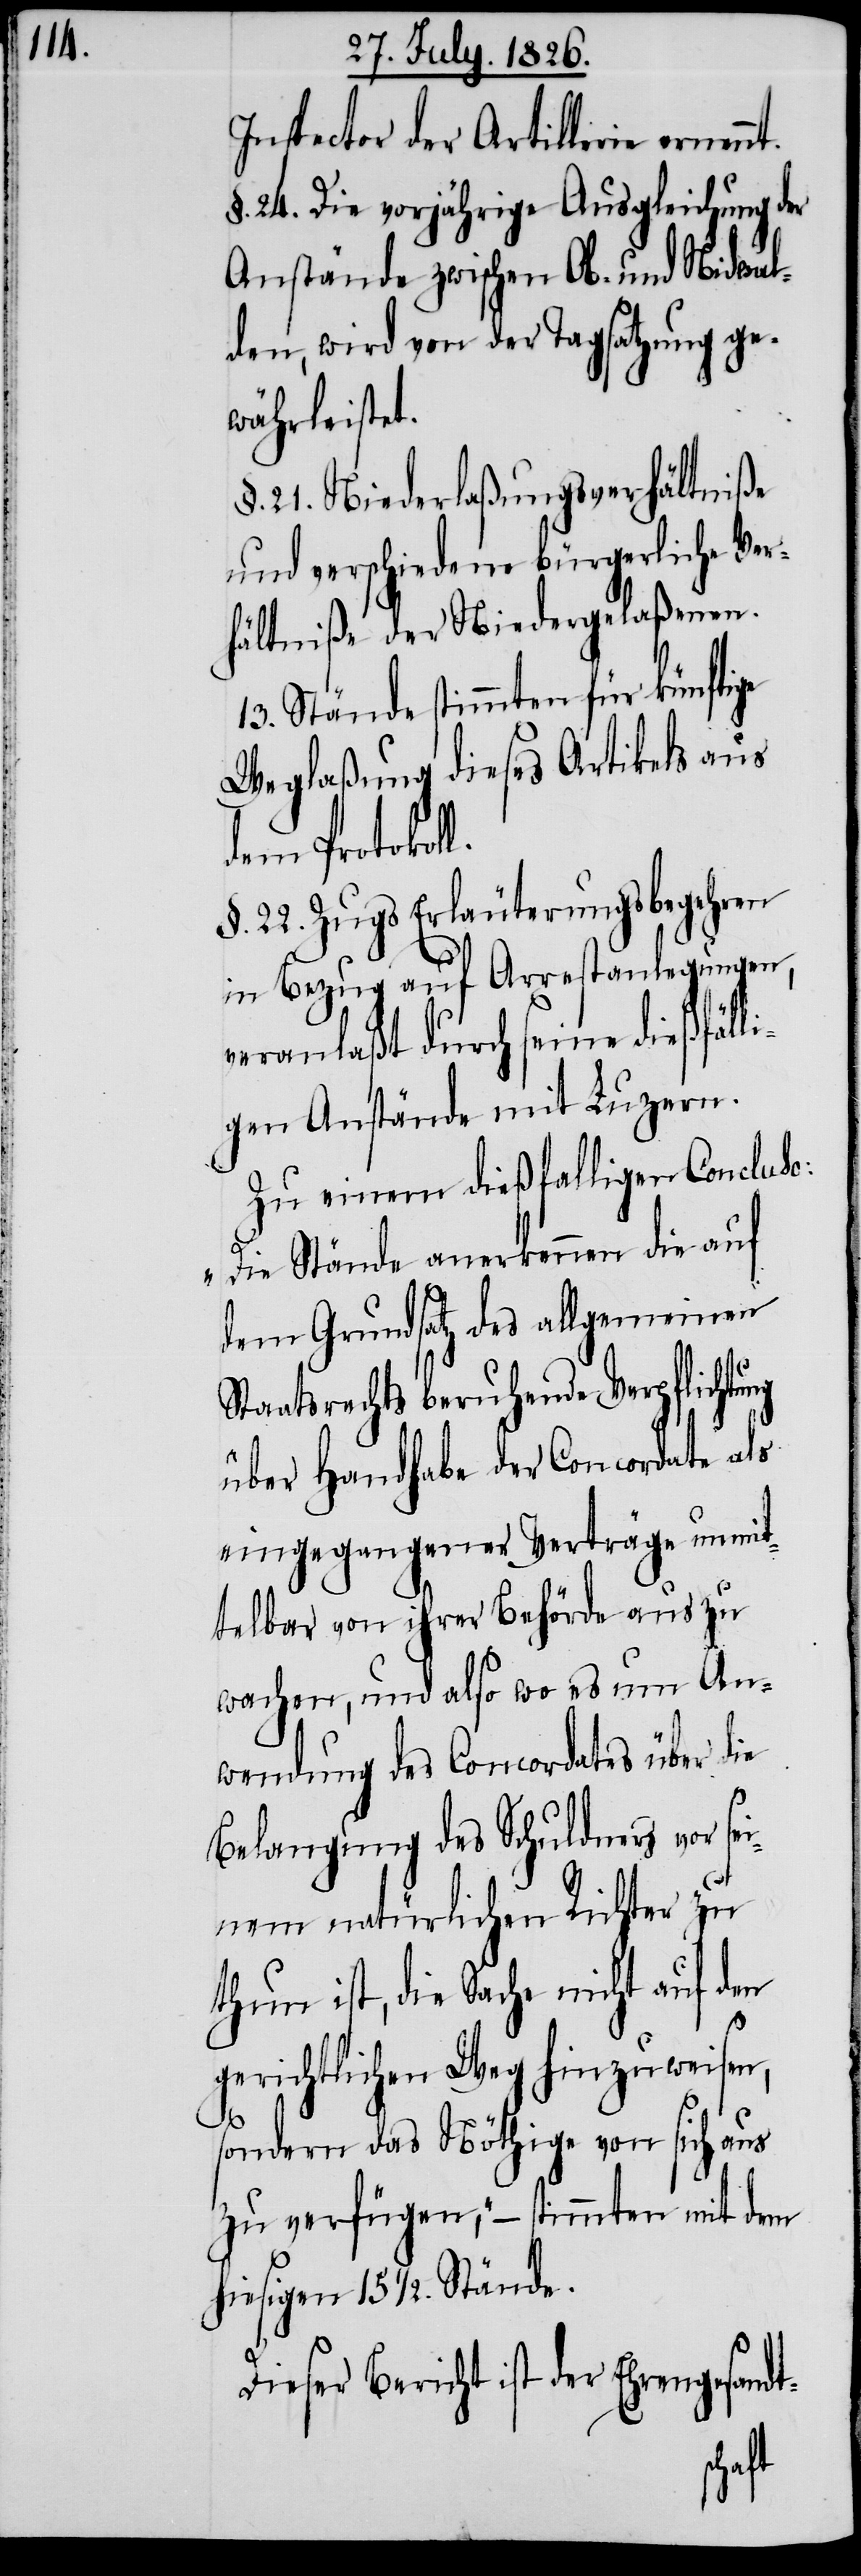
Inspector der Artillerie ernenn¬
§. 24. Die vorjährige Ausgleichung der
Anstände zwischen Ob- und Nidwal¬
den, wird von der Tagsatzung ge¬
währleistet.
§. 21. Niederlaßungsverhältniße
und verschiedene bürgerliche Ver¬
hältniße der Niedergelaßenen.
13. Stände stimmten für künftige
Weglaßung dieses Artikels aus
dem Protokol¬
§. 22. Zugs Erläuterungsbegehren
in Bezug auf Arrestanlegungen,
veranlaßt durch seine dießfäll¬
igen Anstände mit Luzern.
Zu einem dießfalligen Concluso:
„Die Stände anerkennen die auf
dem Grundsatz des allgemeinen
Staatsrechts beruhende Verpflichtung
über Handhabe der Concordate als
eingegangener Verträge unmit¬
telbar von ihrer Behörde aus zu
wachen, und also wo es um An¬
wendung des Concordates über die
Belangung des Schuldners vor se¬
inem natürlichen Richter zu
thun ist, die Sache nicht auf den
gerichtlichen Weg hinzuweisen,
l.
sondern das Nöthige von sich aus
zu verfügen; – stimmten mit dem
hiesigen 15 1/2. Stände.
Dieser Bericht ist der Ehrengesandt-